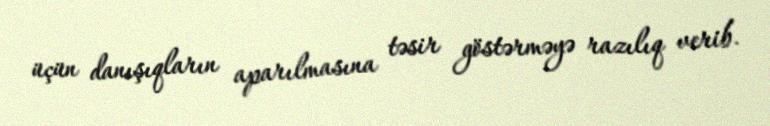
üçün danışıqların aparılmasına təsir göstərməyə razılıq verib.